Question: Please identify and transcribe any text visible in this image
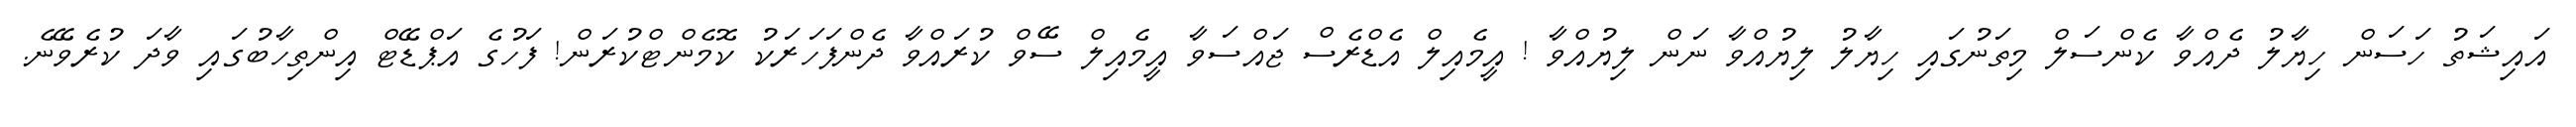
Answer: އައިޝަތު ހަސަން ހިޔާލު ދެއްވާ ކެންސަލް މިތަނުގައި ހިޔާލު ލިޔުއްވާ ނަން ލިޔުއްވާ ! އީމެއިލް އެޑްރެސް ޖައްސަވާ އީމެއިލް ސޭވް ކުރައްވާ ދެންފަހަރަކު ކޮމެންޓްކުރަން! ފަހުގެ އަޕްޑޭޓް އިންތިހާބުގައި ވާދަ ކުރެވޭނެ.